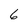
Character: 6